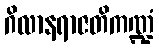
ဂိလာနရာဇတိကဏ္ဍံ